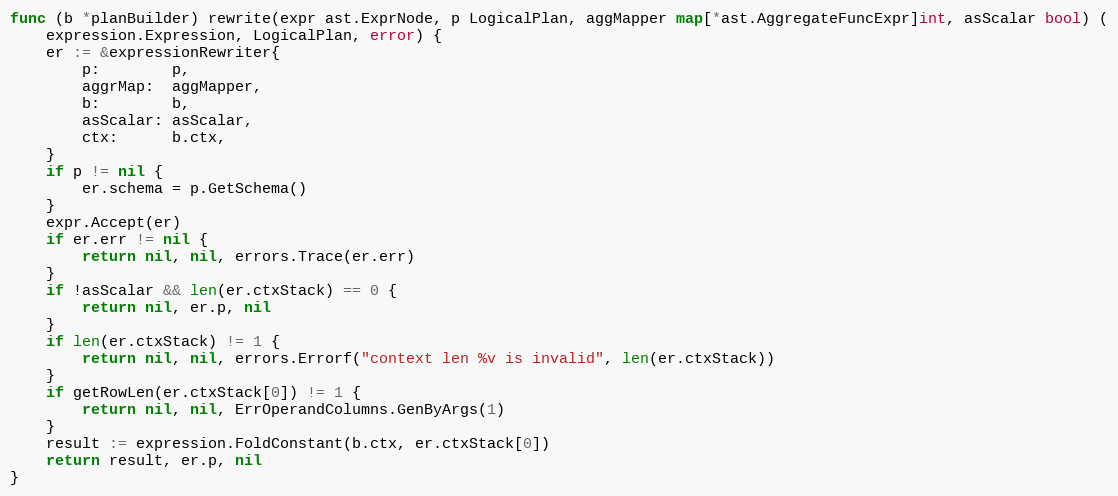
Language: Go
func (b *planBuilder) rewrite(expr ast.ExprNode, p LogicalPlan, aggMapper map[*ast.AggregateFuncExpr]int, asScalar bool) (
	expression.Expression, LogicalPlan, error) {
	er := &expressionRewriter{
		p:        p,
		aggrMap:  aggMapper,
		b:        b,
		asScalar: asScalar,
		ctx:      b.ctx,
	}
	if p != nil {
		er.schema = p.GetSchema()
	}
	expr.Accept(er)
	if er.err != nil {
		return nil, nil, errors.Trace(er.err)
	}
	if !asScalar && len(er.ctxStack) == 0 {
		return nil, er.p, nil
	}
	if len(er.ctxStack) != 1 {
		return nil, nil, errors.Errorf("context len %v is invalid", len(er.ctxStack))
	}
	if getRowLen(er.ctxStack[0]) != 1 {
		return nil, nil, ErrOperandColumns.GenByArgs(1)
	}
	result := expression.FoldConstant(b.ctx, er.ctxStack[0])
	return result, er.p, nil
}